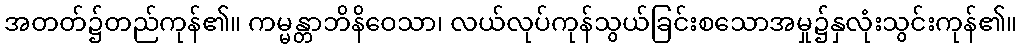
အတတ်၌တည်ကုန်၏။ ကမ္မန္တာဘိနိဝေသာ၊ လယ်လုပ်ကုန်သွယ်ခြင်းစသောအမှု၌နှလုံးသွင်းကုန်၏။